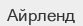
Айрленд